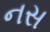
નસ